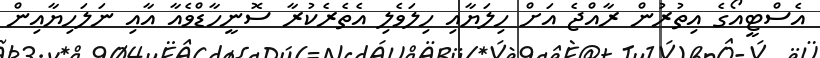
އެސްޓީއޯގެ އިތުރުން ރާއްޖެ އަށް ހިލަޔާއި ހިލަވެލި އެތެރެކުރާ ސޮނީހާޑްވެއާ އާއި ނަލަހިޔާއިން